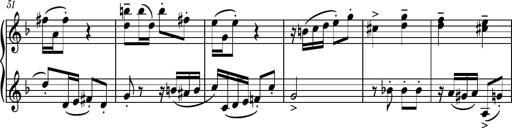
Title: Piano Sonatina No.8
Composer: Dimitri Sykias
Key: F major